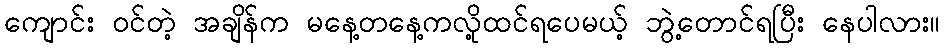
ကျောင်း ဝင်တဲ့ အချိန်က မနေ့တနေ့ကလို့ထင်ရပေမယ့် ဘွဲ့တောင်ရပြီး နေပါလား။